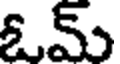
ఓమ్